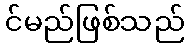
င်မည်ဖြစ်သည်